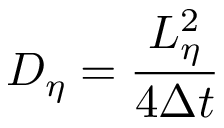
D _ { \eta } = \frac { L _ { \eta } ^ { 2 } } { 4 \Delta t }